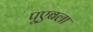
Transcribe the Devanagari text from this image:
पूएबला